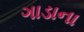
ગાડાના